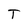
Character: T